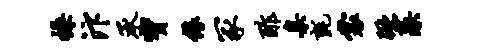
操汴承宝缘冢酢臬毡裳蹶藻